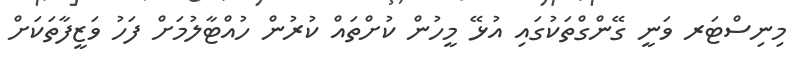
މިނިސްޓަރ ވަނީ ގޭންގްތަކުގައި އުޅޭ މީހުން ކުށްތައް ކުރުން ހުއްޓާލުމަށް ފަހު ވަޒީފާތަކަށް